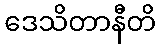
ဒေသိတာနီတိ